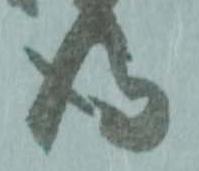
得